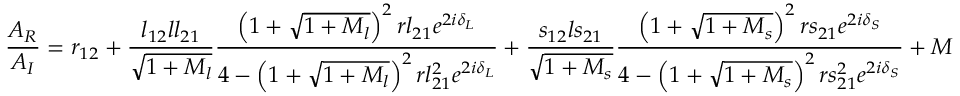
\frac { A _ { R } } { A _ { I } } = r _ { 1 2 } + \frac { l _ { 1 2 } l l _ { 2 1 } } { \sqrt { 1 + M _ { l } } } \frac { \left( 1 + \sqrt { 1 + M _ { l } } \right) ^ { 2 } r l _ { 2 1 } e ^ { 2 i \delta _ { L } } } { 4 - \left( 1 + \sqrt { 1 + M _ { l } } \right) ^ { 2 } r l _ { 2 1 } ^ { 2 } e ^ { 2 i \delta _ { L } } } + \frac { s _ { 1 2 } l s _ { 2 1 } } { \sqrt { 1 + M _ { s } } } \frac { \left( 1 + \sqrt { 1 + M _ { s } } \right) ^ { 2 } r s _ { 2 1 } e ^ { 2 i \delta _ { S } } } { 4 - \left( 1 + \sqrt { 1 + M _ { s } } \right) ^ { 2 } r s _ { 2 1 } ^ { 2 } e ^ { 2 i \delta _ { S } } } + M